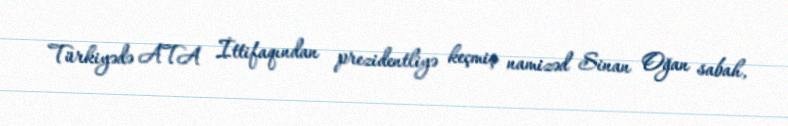
Türkiyədə ATA İttifaqından prezidentliyə keçmiş namizəd Sinan Oğan sabah,